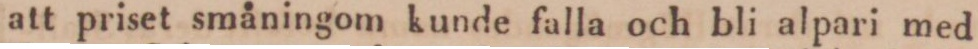
att priset småningom kunde falla och bli alpari med